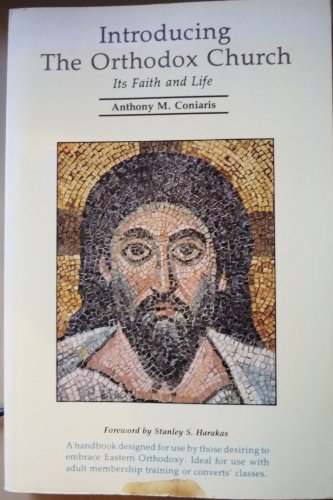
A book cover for Introducing the Orthodox Church: Its Faith and Life; Anthony M. Coniaris; Christian Books & Bibles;